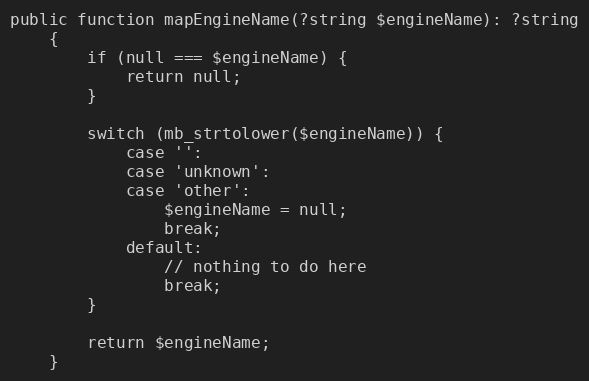
Language: PHP
public function mapEngineName(?string $engineName): ?string
    {
        if (null === $engineName) {
            return null;
        }

        switch (mb_strtolower($engineName)) {
            case '':
            case 'unknown':
            case 'other':
                $engineName = null;
                break;
            default:
                // nothing to do here
                break;
        }

        return $engineName;
    }